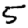
Digit: 5